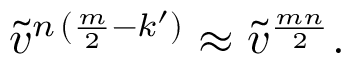
\tilde { v } ^ { n \, ( \frac { m } { 2 } - k ^ { \prime } ) } \approx \tilde { v } ^ { \frac { m n } { 2 } } .